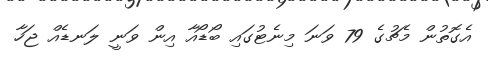
އެގޮތުން މެޗުގެ 79 ވަނަ މިނެޓުގައި ބޯޑޯއާ އިން ވަނީ ލަނޑެއް ޖަހާ